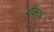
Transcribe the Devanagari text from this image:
श्रीकातं